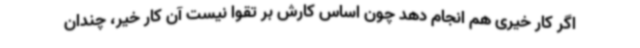
اگر کار خیری هم انجام دهد چون اساس کارش بر تقوا نیست آن کار خیر، چندان